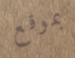
بموقع